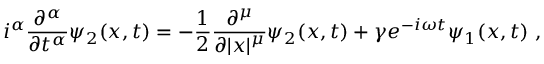
i ^ { \alpha } \frac { \partial ^ { \alpha } } { \partial t ^ { \alpha } } \psi _ { 2 } ( x , t ) = - \frac { 1 } { 2 } \frac { \partial ^ { \mu } } { \partial | x | ^ { \mu } } \psi _ { 2 } ( x , t ) + \gamma e ^ { - i \omega t } \psi _ { 1 } ( x , t ) \; ,